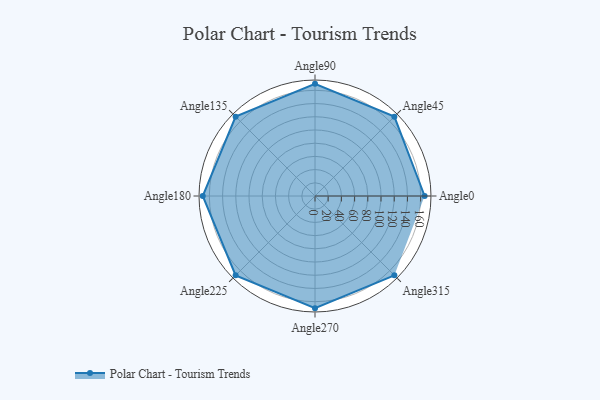
{"axis": {"x": "Angle", "y": "Radius"}, "legend": [""], "data": [{"x": "Angle0", "y": 166.0, "type": ""}, {"x": "Angle45", "y": 170, "type": ""}, {"x": "Angle90", "y": 170, "type": ""}, {"x": "Angle135", "y": 170, "type": ""}, {"x": "Angle180", "y": 170, "type": ""}, {"x": "Angle225", "y": 170, "type": ""}, {"x": "Angle270", "y": 170, "type": ""}, {"x": "Angle315", "y": 170, "type": ""}]}